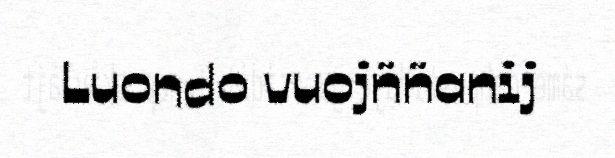
Luondo vuojññanij